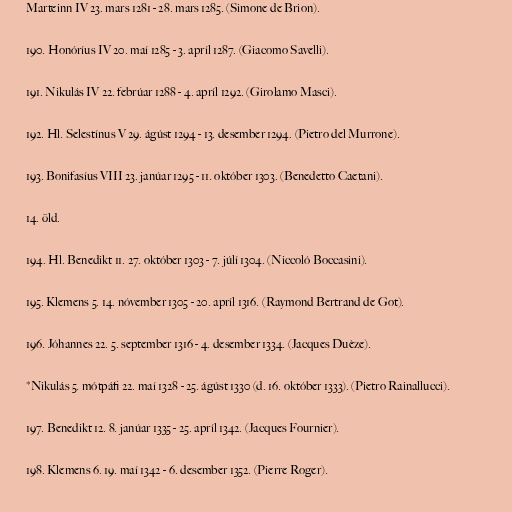
Marteinn IV 23. mars 1281 - 28. mars 1285. (Simone de Brion).

190. Honóríus IV 20. maí 1285 - 3. apríl 1287. (Giacomo Savelli).

191. Nikulás IV 22. febrúar 1288 - 4. apríl 1292. (Girolamo Masci).

192. Hl. Selestínus V 29. ágúst 1294 - 13. desember 1294. (Pietro del Murrone).

193. Bonifasíus VIII 23. janúar 1295 - 11. október 1303. (Benedetto Caetani).

14. öld.

194. Hl. Benedikt 11. 27. október 1303 - 7. júlí 1304. (Niccoló Boccasini).

195. Klemens 5. 14. nóvember 1305 - 20. apríl 1316. (Raymond Bertrand de Got).

196. Jóhannes 22. 5. september 1316 - 4. desember 1334. (Jacques Duèze).

*Nikulás 5. mótpáfi 22. maí 1328 - 25. ágúst 1330 (d. 16. október 1333). (Pietro Rainallucci).

197. Benedikt 12. 8. janúar 1335 - 25. apríl 1342. (Jacques Fournier).

198. Klemens 6. 19. maí 1342 - 6. desember 1352. (Pierre Roger).